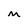
Character: M